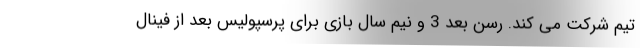
تیم شرکت می کند. رسن بعد 3 و نیم سال بازی برای پرسپولیس بعد از فینال